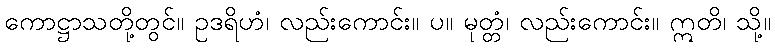
ကောဋ္ဌာသတို့တွင်။ ဥဒရိဟံ၊ လည်းကောင်း။ ပ။ မုတ္တံ၊ လည်းကောင်း။ ဣတိ၊ သို့။